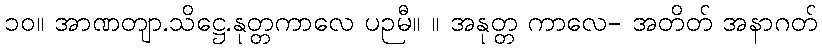
၁၀။ အာဏတျာ.သိဋ္ဌေ.နုတ္တကာလေ ပဉမီ။ ။ အနုတ္တ ကာလေ- အတိတ် အနာဂတ်